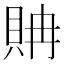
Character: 𧵘